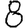
Digit: 8